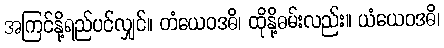
အကြင်နို့ရည်ပင်လျှင်။ တံယေဝဒဓိ၊ ထိုနို့ဓမ်းလည်း။ ယံယေဝဒဓိ၊